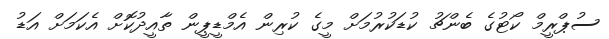
ސުޕްރީމް ކޯޓުގެ ބެންޗު ކުޑަކުރުމަށް މީގެ ކުރިން އެމްޑީޕީން ތާއީދުކޮށް އެކަމަށް އަޑު